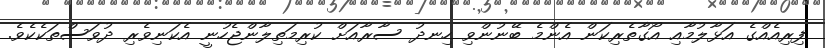
ފިރިއެއްގެ އަޅާލުމާއި އޯގާތެރިކަން އެންމެ ބޭނުންވި ހިނދު ސާރާއަށް ކުރިމަތިލާންޖެހުނީ އެކަނިވެރި ދުވަސްތަކެކެވެ.